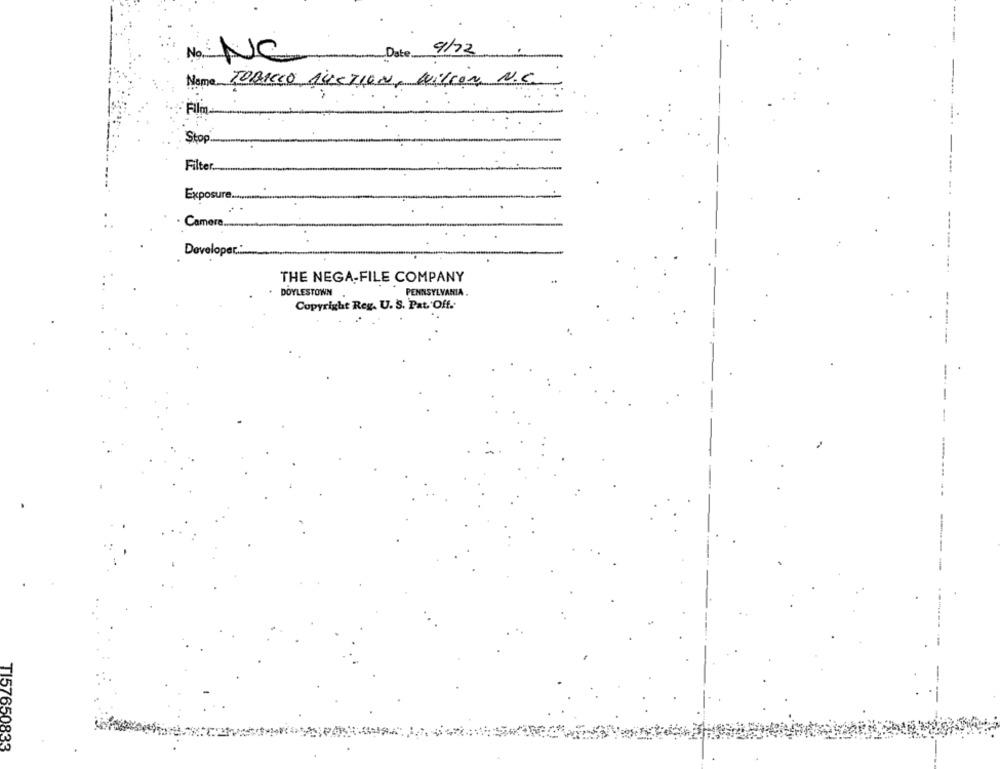
Date
9/72
No. NC
Name TOBACCO ALECTION, WILLON N.C.
Film
Stop'
Filter.
Exposure ..
Camere ..
Develope
THE NEGA-FILE COMPANY
. DOYLESTOWN
PENNSYLVANIA.
Copyright Reg. U. S. Pat. Off.
-
-
TI57650833